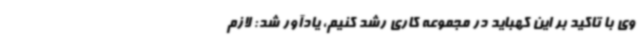
وی با تاکید بر این کهباید در مجموعه کاری رشد کنیم، یادآور شد: لازم